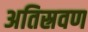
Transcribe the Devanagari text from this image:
अतिस्रवण